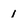
Character: 1